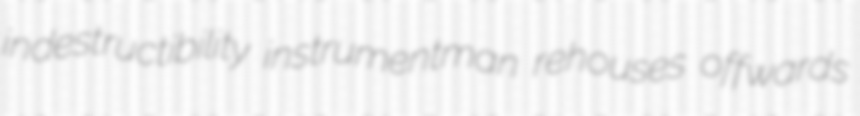
indestructibility instrumentman rehouses offwards